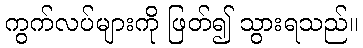
ကွက်လပ်များကို ဖြတ်၍ သွားရသည်။